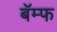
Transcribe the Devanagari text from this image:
बॅम्फ